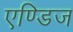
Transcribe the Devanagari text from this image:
एण्डिज